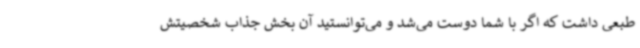
طبعی داشت که اگر با شما دوست می‌شد و می‌توانستید آن بخش جذاب شخصیتش